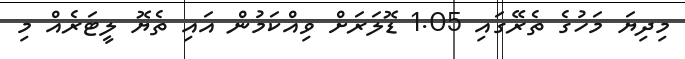
މިދިޔަ މަހުގެ ތެރޭގައި 1.05 ޑޮލަރަށް ވިއްކަމުން އައި ތެޔޮ ލީޓަރެއް މި